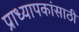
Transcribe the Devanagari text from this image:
प्राध्यापकांसाठी